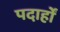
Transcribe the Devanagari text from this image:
पदार्हों